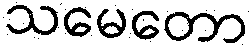
သမေတော